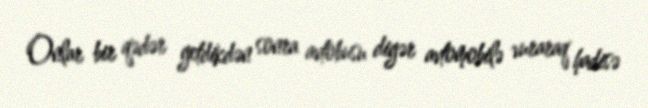
Onlar bir qədər getdikdən sonra avtobusu digər avtomobilə vuraraq hadisə